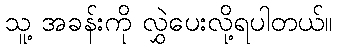
သူ့ အခန်းကို လွှဲပေးလို့ရပါတယ်။